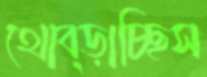
থোব্‌ড়াচ্ছিস